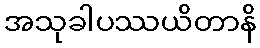
အသုခါပဿယိတာနိ